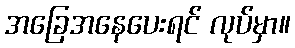
အခြေအနေပေးရင် လုပ်မှာ။